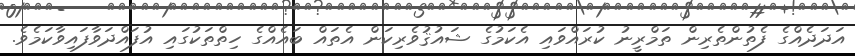
އަދަދެއްގެ ފެތުންތެރިން ތަމްރީނު ކުރައްވައި އެކަމުގެ ޝައުޤުވެރިކަން އެތައް ބައެއްގެ ހިތްތަކުގައި އުފައްދަވާފައިވާކަމެވެ.